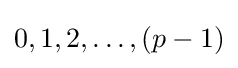
0,1,2,\ldots ,(p-1)